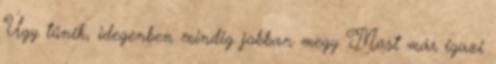
Úgy tűnik, idegenben mindig jobban megy Most már igazi